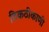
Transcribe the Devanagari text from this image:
ठिकठीकाणी